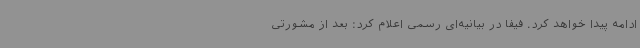
ادامه پیدا خواهد کرد. فیفا در بیانیه‌ای رسمی اعلام کرد: بعد از مشورتی